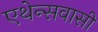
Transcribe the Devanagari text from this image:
एथेन्सवासी